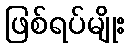
ဖြစ်ရပ်မျိုး